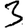
Digit: 3